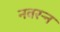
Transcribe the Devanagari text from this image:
नवरर्‍न